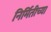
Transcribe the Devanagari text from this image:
निर्मितीच्‍या